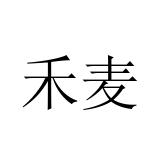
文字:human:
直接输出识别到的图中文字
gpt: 禾麦